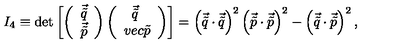
I _ { 4 } \equiv \det \left[ \left( \begin{array} { c } { \vec { \tilde { q } } } \\ { \vec { \tilde { p } } } \\ \end{array} \right) \left( \begin{array} { c c } { \vec { \tilde { q } } \ } \\ { v e c { \tilde { p } } } \\ \end{array} \right) \right] = \left( \vec { \tilde { q } } \cdot \vec { \tilde { q } } \right) ^ { 2 } \left( \vec { \tilde { p } } \cdot \vec { \tilde { p } } \right) ^ { 2 } - \left( \vec { \tilde { q } } \cdot \vec { \tilde { p } } \right) ^ { 2 } ,